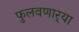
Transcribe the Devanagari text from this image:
फुलवणार्‍या